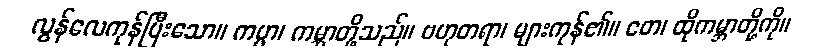
လွန်လေကုန်ပြီးသော။ ကပ္ပာ၊ ကမ္ဘာတို့သည်။ ဗဟုတရာ၊ များကုန်၏။ တေ၊ ထိုကမ္ဘာတို့ကို။